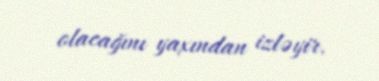
olacağını yaxından izləyir.